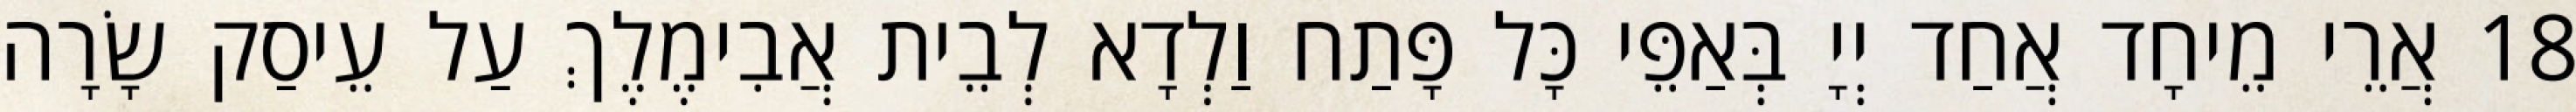
18 אֲרֵי מֵיחָד אֲחַד יְיָ בְּאַפֵּי כָּל פָּתַח וַלְדָא לְבֵית אֲבִימֶלֶךְ עַל עֵיסַק שָׂרָה